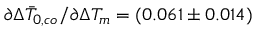
\partial \Delta \bar { T } _ { 0 , c o } / \partial \Delta T _ { m } = ( 0 . 0 6 1 \pm 0 . 0 1 4 )